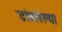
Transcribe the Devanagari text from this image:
डांबलेल्या